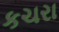
કચરા